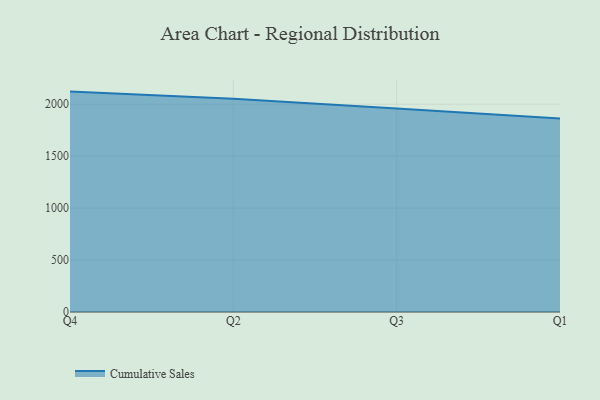
{"axis": {"x": "Quarter", "y": "Humidity (%)"}, "legend": ["Cumulative Sales"], "data": [{"x": "Q4", "y": 2121.5, "type": "Cumulative Sales"}, {"x": "Q2", "y": 2052.1, "type": "Cumulative Sales"}, {"x": "Q3", "y": 1957.8, "type": "Cumulative Sales"}, {"x": "Q1", "y": 1863.4, "type": "Cumulative Sales"}]}